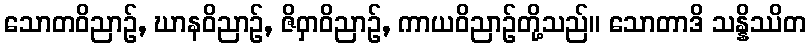
သောတဝိညာဉ်, ဃာနဝိညာဉ်, ဇိဝှာဝိညာဉ်, ကာယဝိညာဉ်တို့သည်။ သောတာဒိ သန္နိဿိတ